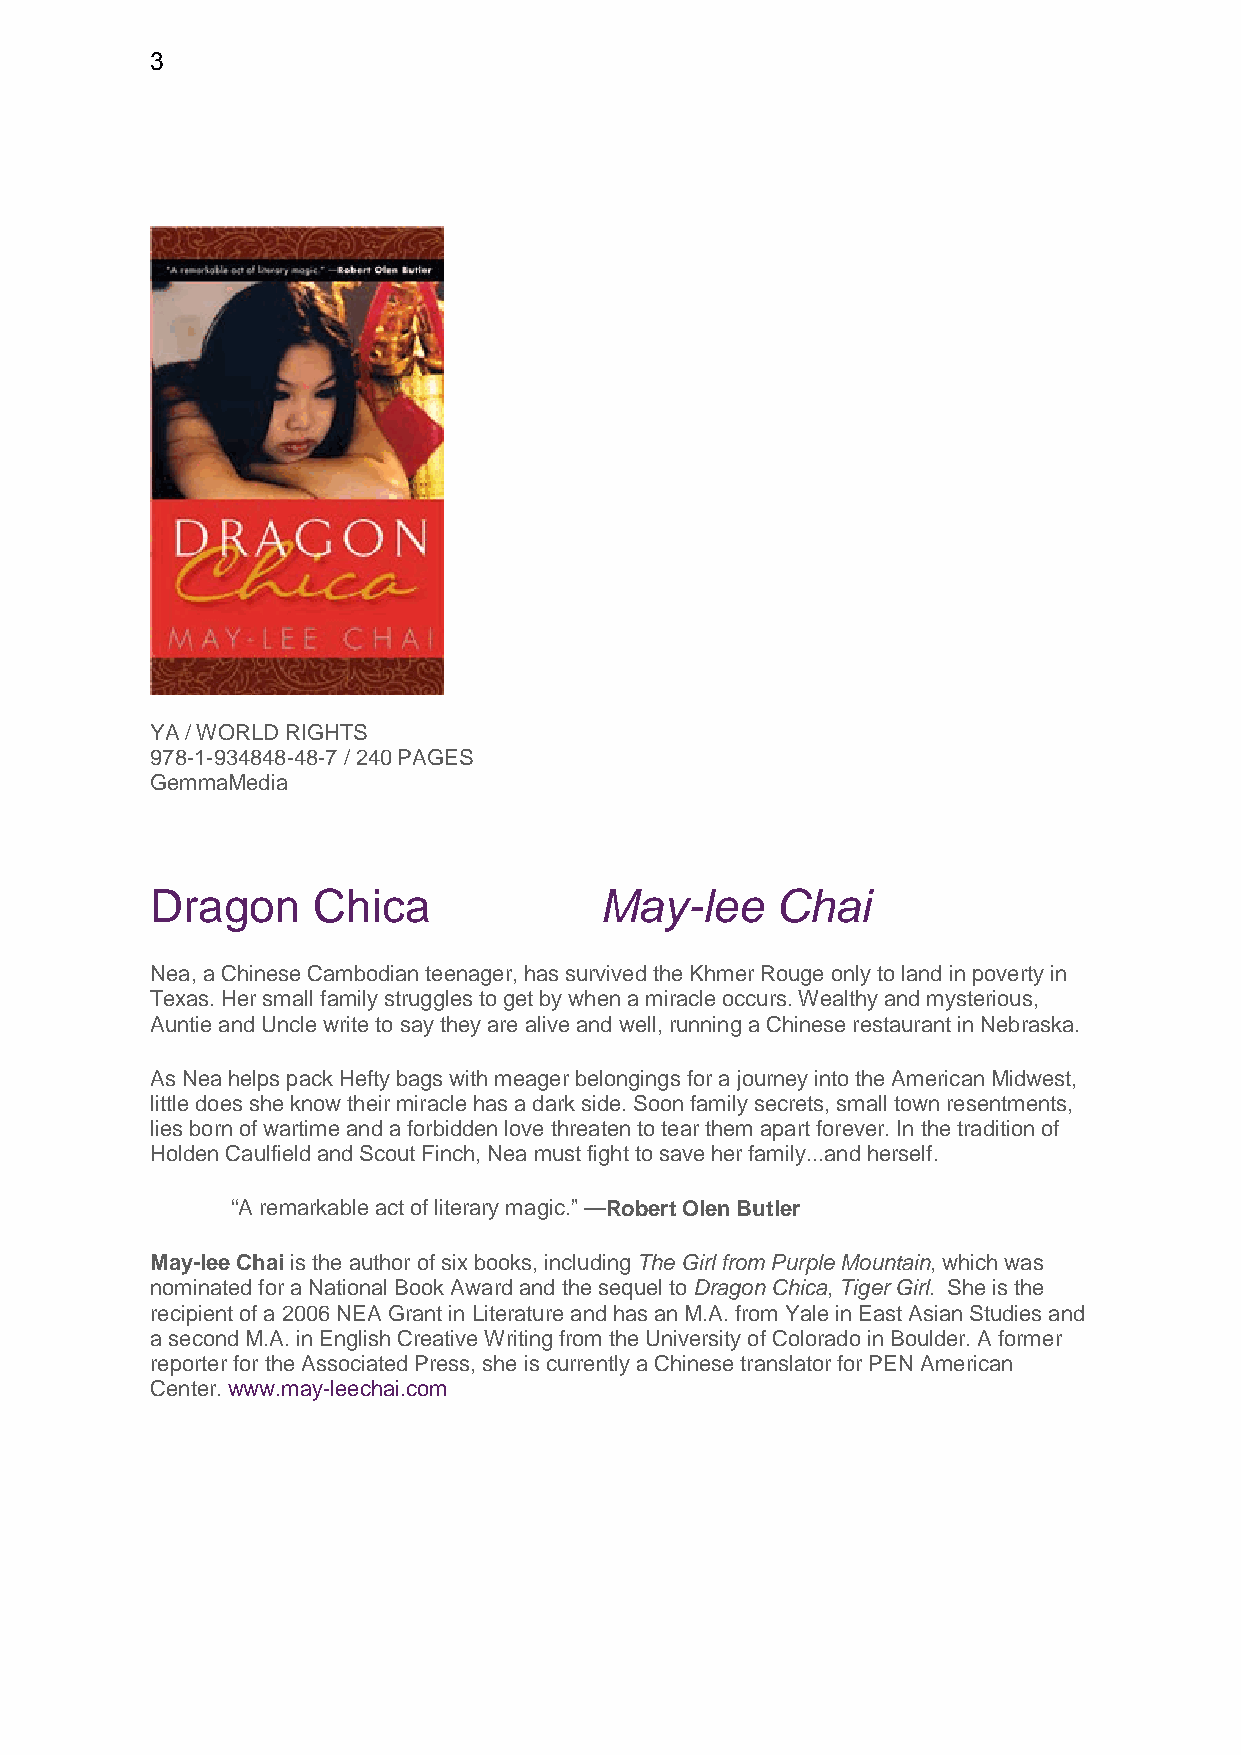
3
 YA / WORLD RIGHTS
 978-1-934848-48-7 / 240 PAGES
 GemmaMedia
 Dragon     Chica              May-lee    Chai
 Nea, a Chinese Cambodian teenager, has survived the Khmer Rouge only to land in poverty in
 Texas. Her small family struggles to get by when a miracle occurs. Wealthy and mysterious,
 Auntie and Uncle write to say they are alive and well, running a Chinese restaurant in Nebraska.
 As Nea helps pack Hefty bags with meager belongings for a journey into the American Midwest,
 little does she know their miracle has a dark side. Soon family secrets, small town resentments,
 lies born of wartime and a forbidden love threaten to tear them apart forever. In the tradition of
 Holden Caulfield and Scout Finch, Nea must fight to save her family...and herself.
 “A remarkable act of literary magic.” —Robert Olen Butler
 May-lee Chai is the author of six books, including The Girl from Purple Mountain, which was
 nominated for a National Book Award and the sequel to Dragon Chica, Tiger Girl. She is the
 recipient of a 2006 NEA Grant in Literature and has an M.A. from Yale in East Asian Studies and
 a second M.A. in English Creative Writing from the University of Colorado in Boulder. A former
 reporter for the Associated Press, she is currently a Chinese translator for PEN American
 Center. www.may-leechai.com